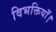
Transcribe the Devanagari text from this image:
विभक्तियाँ।